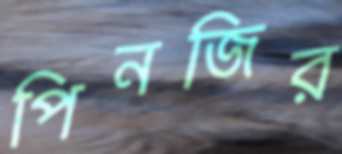
পিনজির